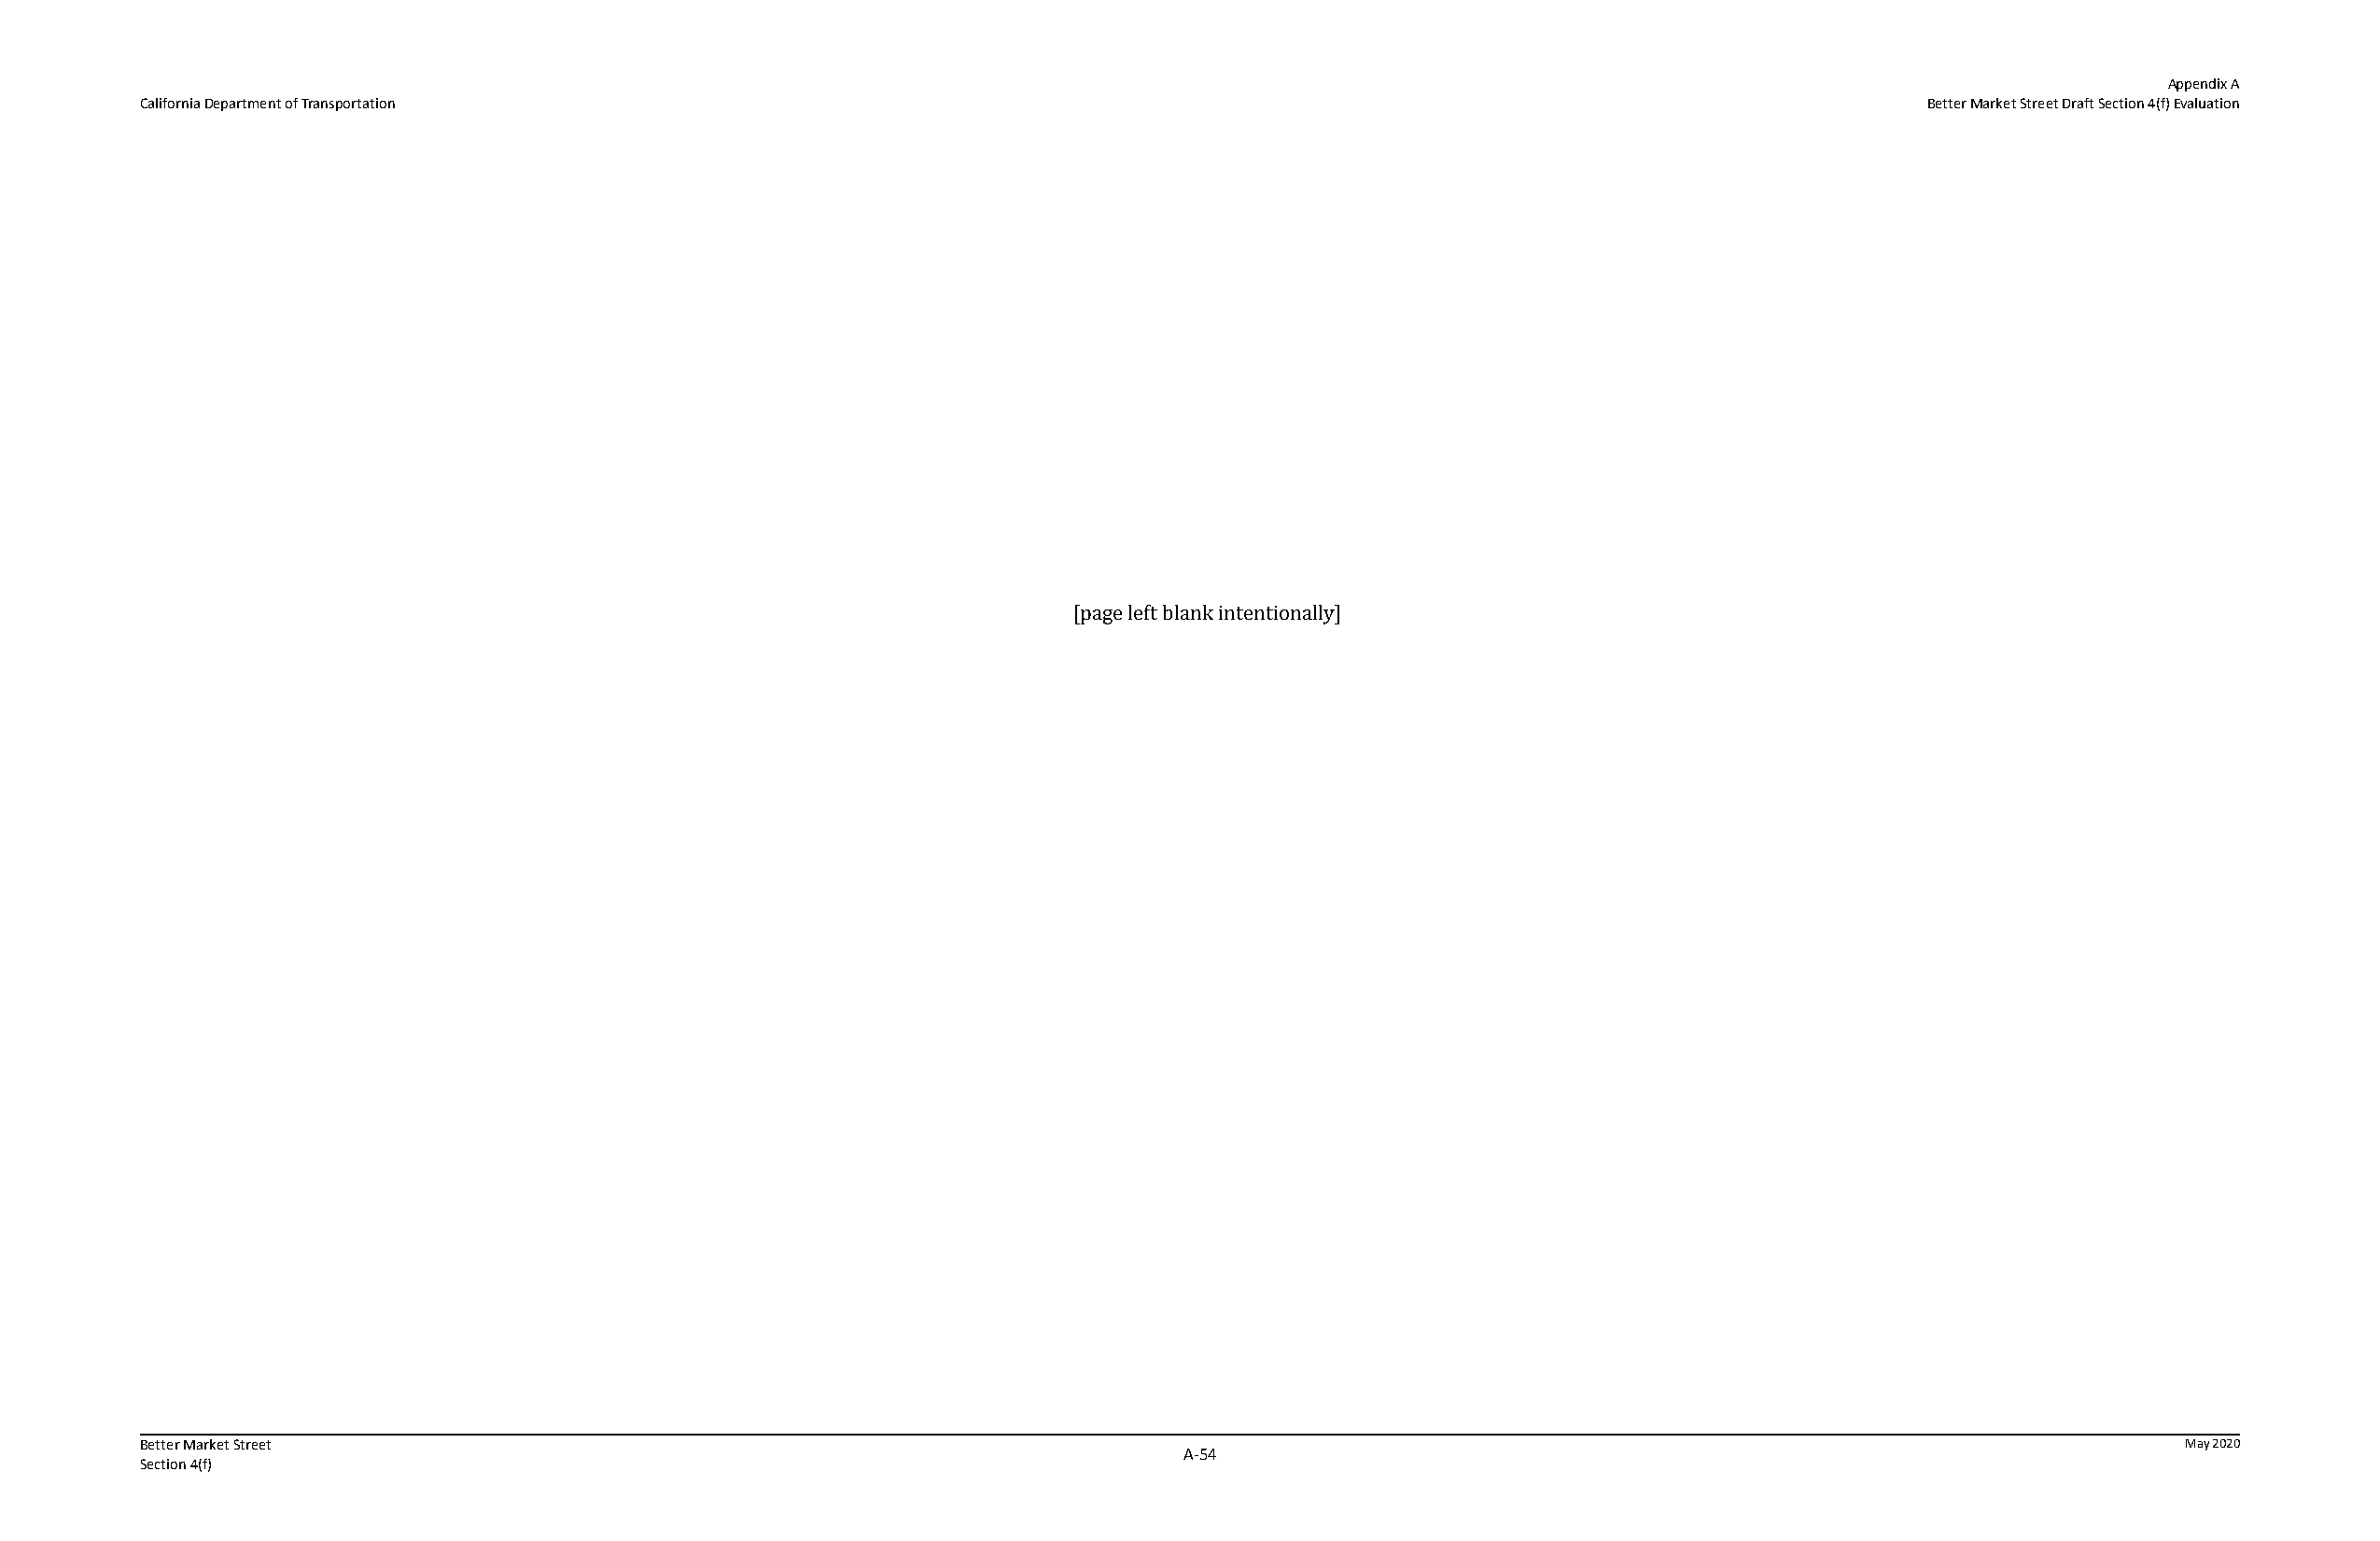
Appendix A
 California Department of Transportation                                                                                        Better Market Street Draft Section 4(f) Evaluation
 [page left blank intentionally]
 Better Market Street                                                                                                                             May 2020
 A‐54
 Section 4(f)